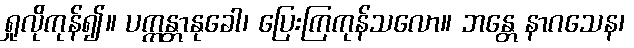
ရှုလိုကုန်၍။ ပက္ကန္တာနုခေါ၊ ပြေးကြကုန်သလော။ ဘန္တေ နာဂသေန၊